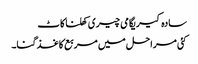
سادہ کیریگامی چیری کھلنا کاٹ
کئی مراحل میں مربع کاغذ گنا۔